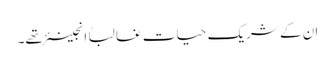
ان کے شریک حیات غالباً انجینئر تھے۔